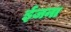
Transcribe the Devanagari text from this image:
ईजना